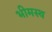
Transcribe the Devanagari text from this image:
भीमस्थ